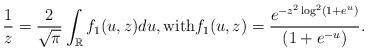
LaTeX: \begin{align*} \frac{1}{z}=\frac{2}{\sqrt{\pi}} \int_{\mathbb{R}} f_1(u,z) du, \mbox{with} f_1(u,z)= \frac{e^{-z^2 \log^2 (1+ e^{u})}}{ (1+ e^{-u})}.\end{align*}